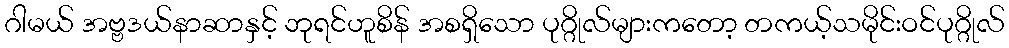
ဂါမယ် အဗ္ဗဒယ်နာဆာနှင့် ဘုရင်ဟူစိန် အစရှိသော ပုဂ္ဂိုလ်များကတော့ တကယ့်သမိုင်းဝင်ပုဂ္ဂိုလ်